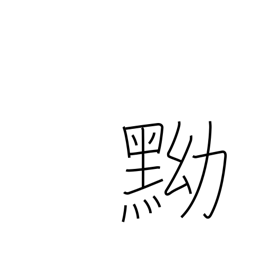
Meaning: black